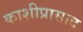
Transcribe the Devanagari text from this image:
काशीप्रासाद